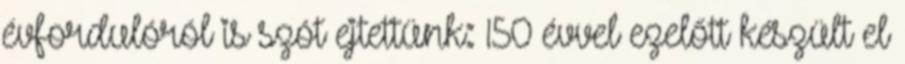
évfordulóról is szót ejtettünk: 150 évvel ezelőtt készült el